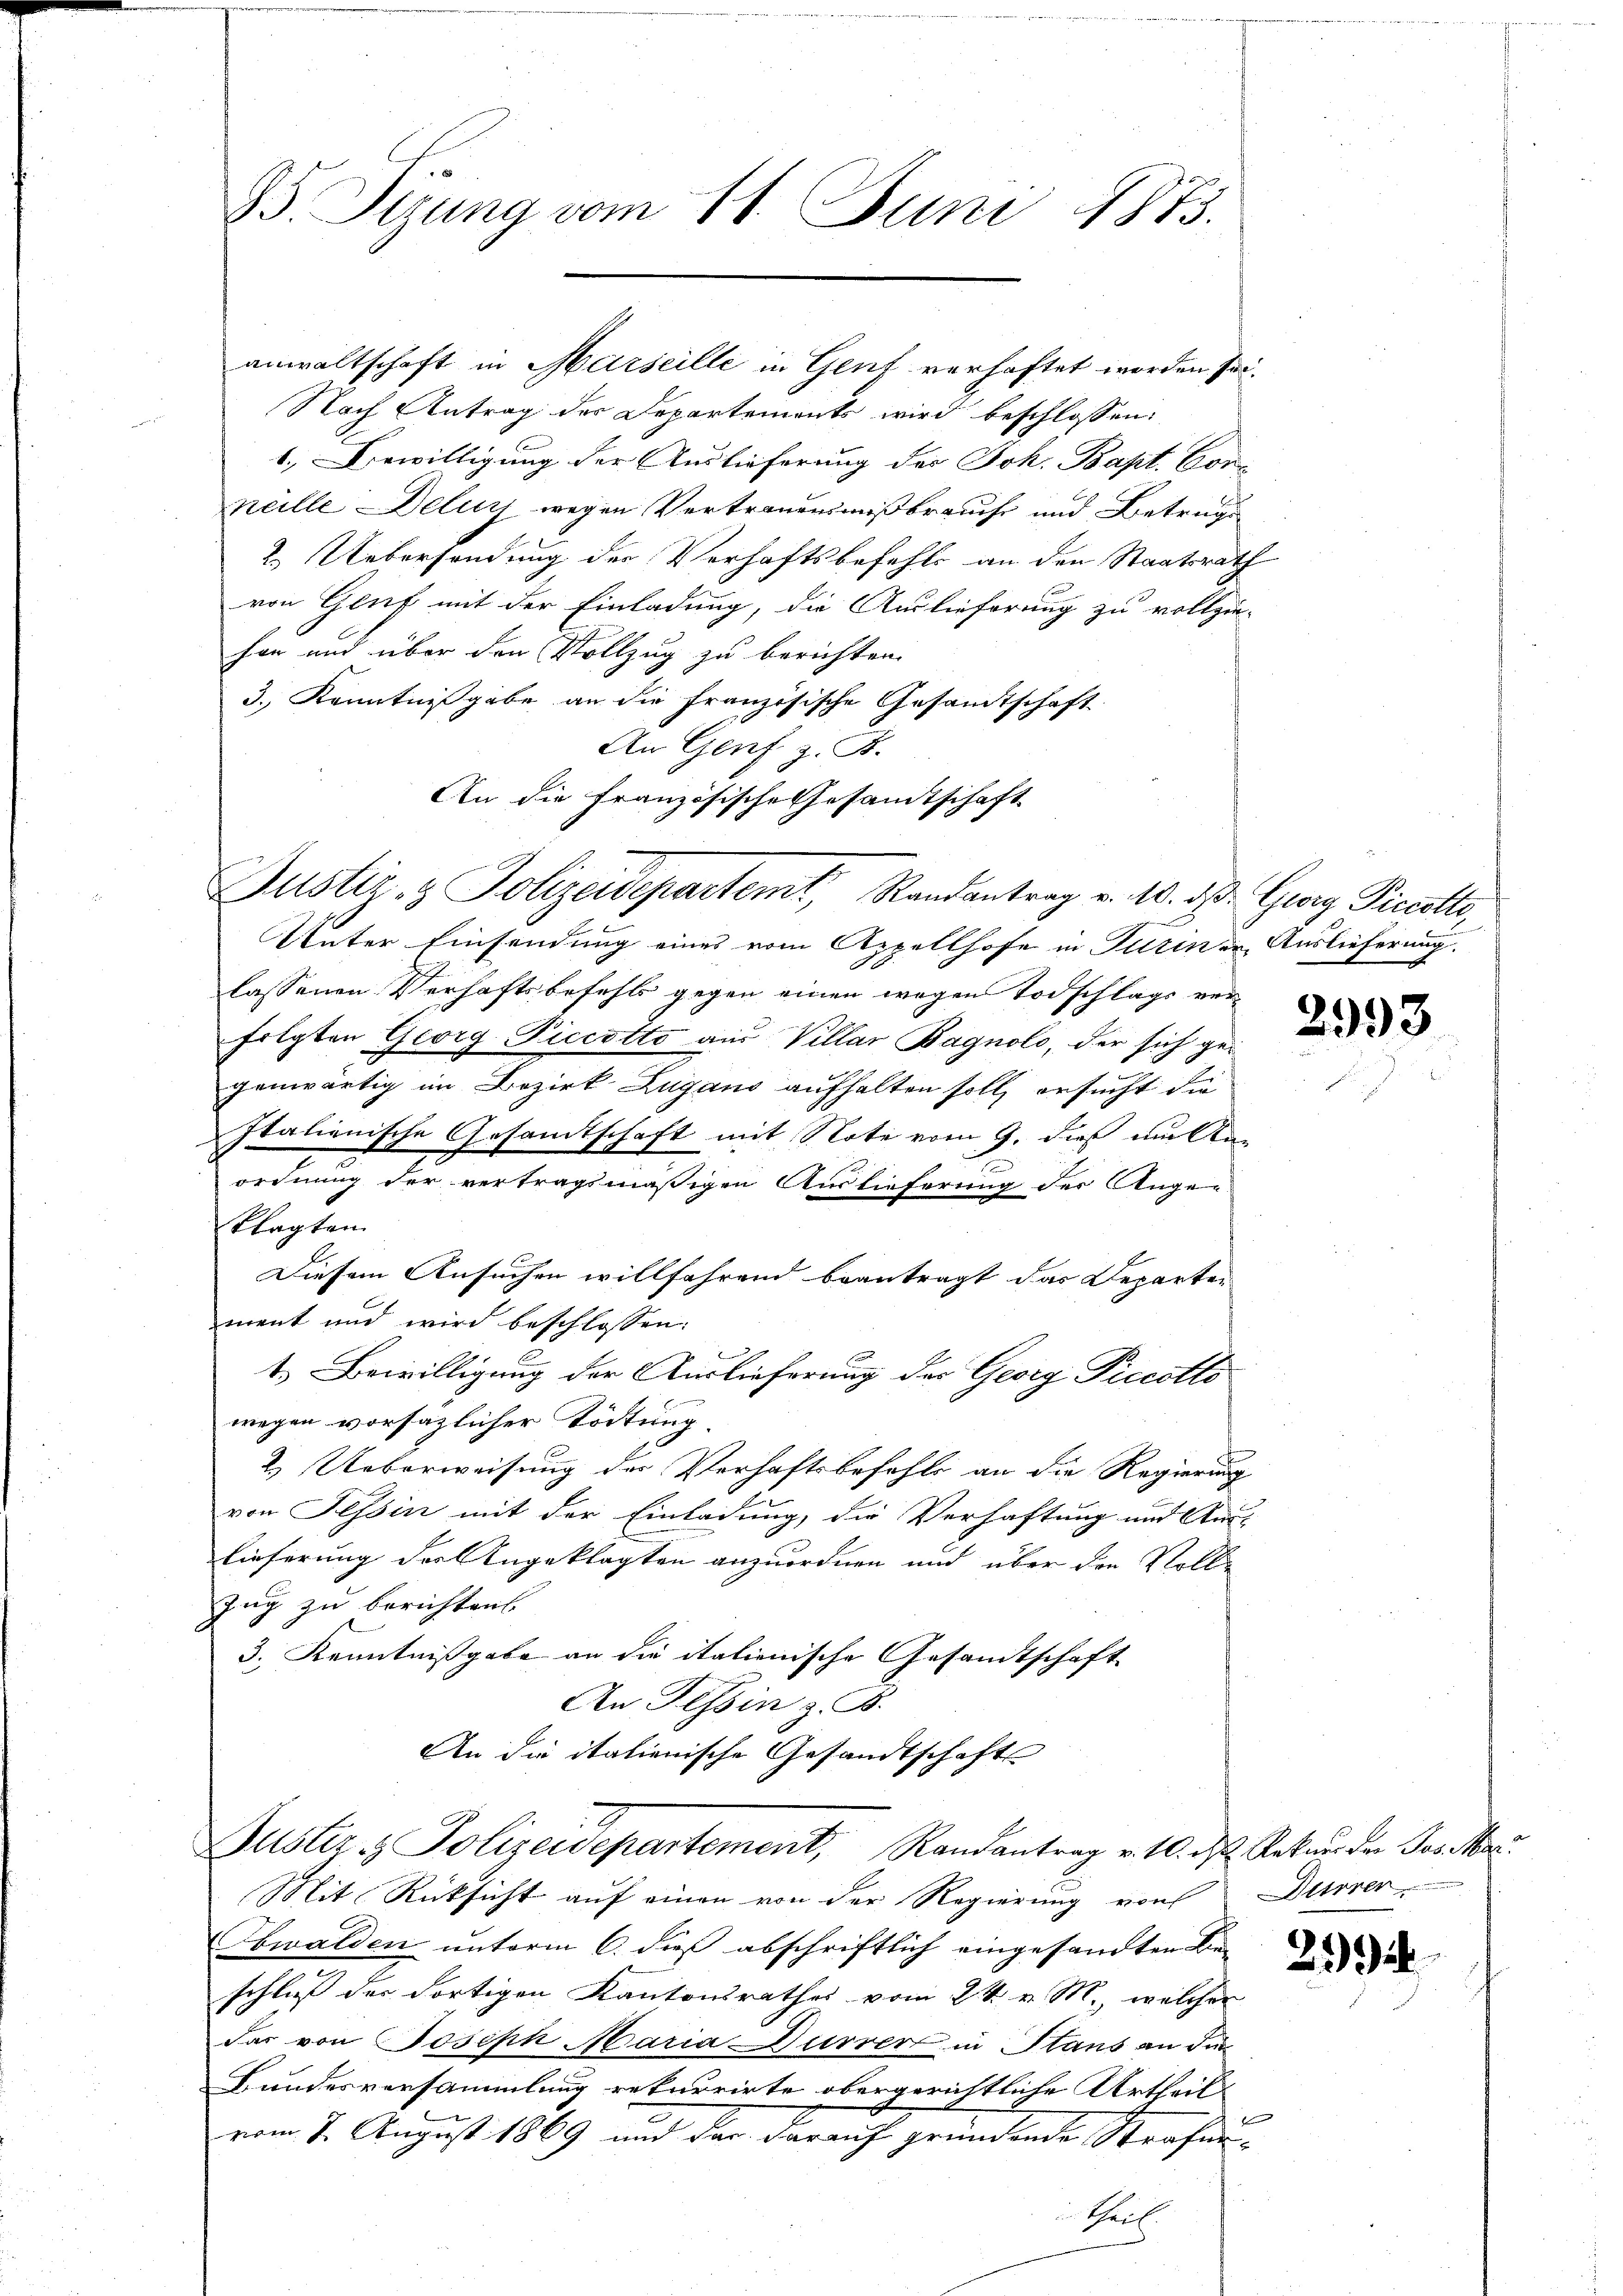
85. Seizung vom 11. Juni 1873.

anwaltschaft in Marseille in Genf verhaftet worden sei.
Nach Antrag der Departements wird beschlossen:
b. Verwilligung der Auslieferung des Joh. Bapt. Corneille Deluy wegen Vertrauensmißbrauche und Betrugs¬
2. Uebersendung der Verhaftsbefehls an den Staatsrath
von Genf mit der Einladung, die Auslieferung zu vollzie-
han und über den Vollzug zu berichten.
3.) Kenntnißgabe an die französische Gesandtschaft
An Genf z. B.
An die Französische Gesamtschaft
Justiz- & Polizeidepartemt, Randantrag v. 10. d. Georg Piccette,
Unter Einsendung eines vom Appellhofe in Turinen Auslieferung.
lassenen Verhaftsbefehls gegen einen wegen Todschlags ver-
folgten Georg Piccotto aus Villar Bagnolo, der sich ge-
genwärtig im Bezirk Zugano aufhalten soll, ersucht die
Italienische Gesamtschaft mit Note vom 9. dieß unten
ordnung der vertragsmäßigen Auslieferung der Augen
klagten
Diesem Ansuchen willfahrend beantragt das Departen |
mant und wird beschlossen:
t. Bewilligung der Auslieferung des Georg Piccotts
wegen vorsäzlicher Tödtung
2. Ueberweisung der Verhaftsbefehls an die Regierung
von Tessin mit der Einladung, die Verhaftung und Aus-
lieferung der Angeklagten anzuordnen und über den Voll-
Zug zu berichten.
3. Kenntnißgabe an die italienische Gesandtschaft
An Tessin z. B.
An die italienische Gesandtschaft

Mit Rücksicht auf einen von der Regierung von Dürrer-
Obwalden unterm 6. dieß abschriftlich eingesandten Be-
schluß der dortigen Kantonsrathes vom 24. v. M., welcher
Das von Joseph Maria Furrer in Stans an die
Bundesversammlung rekurrirte obergerichtliche Urtheil
vom 7. August 1869 und das darauf gründende Strafan¬
Theil.

Buster - Polizeidepartement, Randantrag v. 10. d. Rekurs der Postkar

n

2993

219